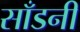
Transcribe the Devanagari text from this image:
साँडनी